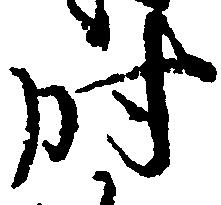
時